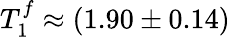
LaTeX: T_{1}^{f}\approx(1.90\pm 0.14)